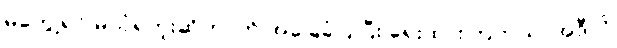
မတွေ့ရင် မယုံရဘူးဆိုတာကို အခြေခံပြုပြီး ရေးထားကြတယ်၊ အဲဒီလို